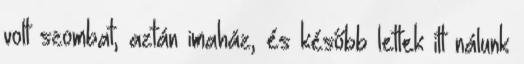
volt szombat, aztán imaház, és később lettek itt nálunk